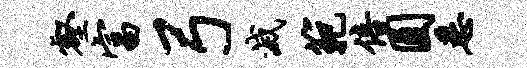
壑富弓灭范倍圆悉